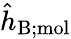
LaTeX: \hat{h}_{\mathrm{B;mol}}